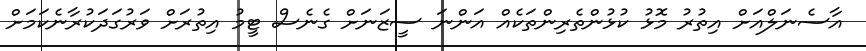
އާސެނަލްއަށް އިތުރު މޮޅު ކުޅުންތެރިންތަކެއް އަންނަ ސީޒަނަށް ގެނެސް ޓީމު އިތުރަށް ވަރުގަދަކުރާނެކަމަށް